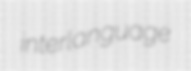
interlanguage